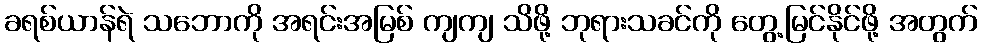
ခရစ်ယာန်ရဲ သဘောကို အရင်းအမြစ် ကျကျ သိဖို့ ဘုရားသခင်ကို တွေ့မြင်နိုင်ဖို့ အတွက်